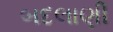
બદલાણી